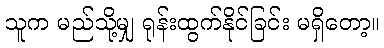
သူက မည်သို့မျှ ရုန်းထွက်နိုင်ခြင်း မရှိတော့။